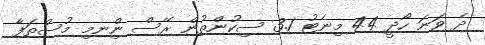
ދެ ވަނަ ހޯދީ 44 މިނެޓު 3.1 ސިކުންތުން ރޭސް ނިްނމި މުސްތަފާ